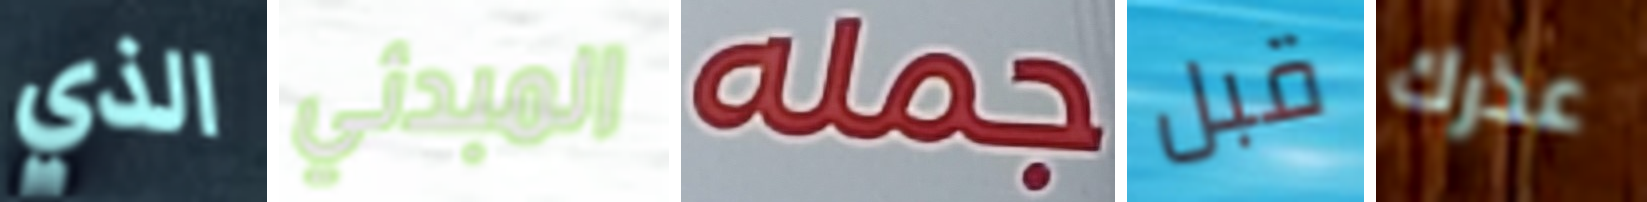
الذي المبدئي جمله قبل عذرك